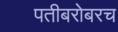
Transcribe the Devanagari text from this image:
पतीबरोबरच